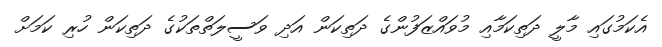
އެކަމުގައި މާލީ ދަތިކަމާއި މުވައްޒަފުންގެ ދަތިކަން އަދި ވަސީލަތްތަކުގެ ދަތިކަން ހުރި ކަމަށް